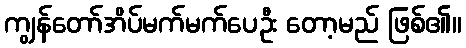
ကျွန်တော်အိပ်မက်မက်ပေဦး တော့မည် ဖြစ်၏။